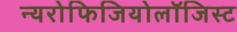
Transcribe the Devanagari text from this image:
न्यरोफिजियोलॉजिस्ट